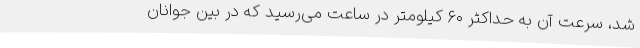
شد، سرعت آن به حداکثر ۶۰ کیلومتر در ساعت می‌رسید که در بین جوانان